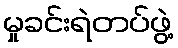
မှုခင်းရဲတပ်ဖွဲ့